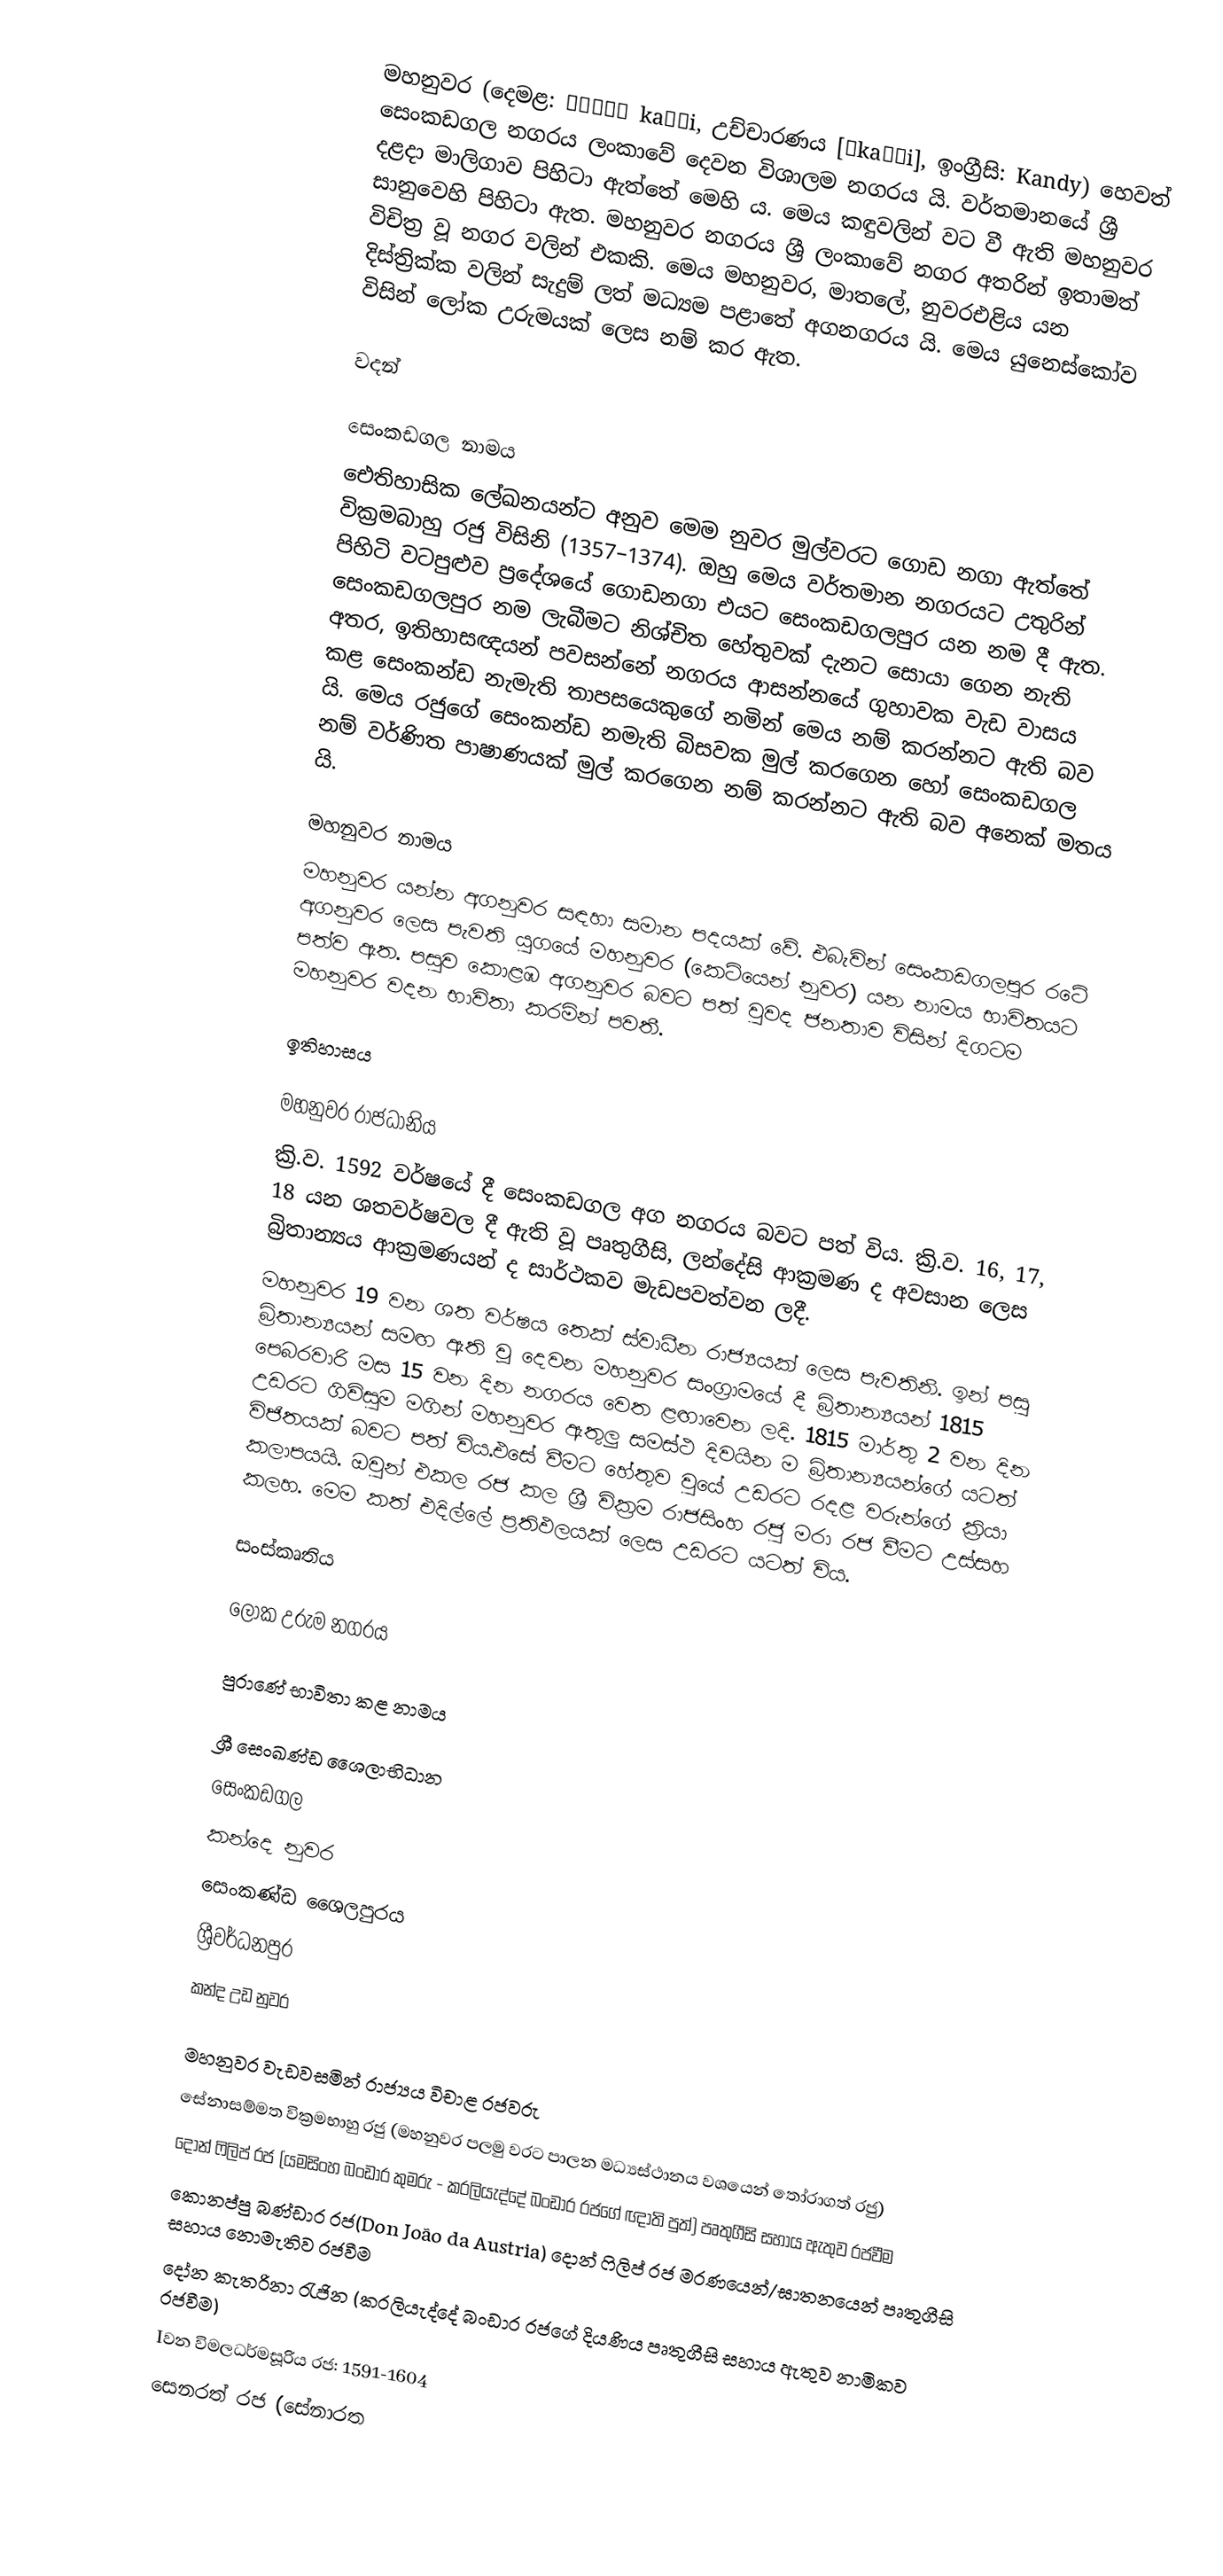
මහනුවර (දෙමළ: கண்டி kaṇṭi,  උච්චාරණය [ˈkaɳɖi], ඉංග්‍රීසි: Kandy) හෙවත් සෙංකඩගල නගරය ලංකාවේ දෙවන විශාලම නගරය යි. වර්තමානයේ ශ්‍රී දළදා මාලිගාව පිහිටා ඇත්තේ මෙහි ය.  මෙය  කඳුවලින් වට වී ඇති මහනුවර සානුවෙහි පිහිටා ඇත. මහනුවර නගරය ශ්‍රී ලංකාවේ නගර අතරින් ඉතාමත් විචිත්‍ර වූ නගර වලින් එකකි. මෙය මහනුවර, මාතලේ, නුවරඑළිය යන දිස්ත්‍රික්ක වලින් සැදුම් ලත් මධ්‍යම පළාතේ අගනගරය යි. මෙය යුනෙස්කෝව විසින් ලෝක උරුමයක් ලෙස නම් කර ඇත.

වදන්

සෙංකඩගල නාමය
ඓතිහාසික ලේඛනයන්ට අනුව මෙම නුවර මුල්වරට ගොඩ නගා ඇත්තේ වික්‍රමබාහු රජු විසිනි (1357–1374). ඔහු මෙය වර්තමාන නගරයට උතුරින් පිහිටි වටපුළුව ප්‍රදේශයේ ගොඩනගා එයට සෙංකඩගලපුර යන නම දී ඇත. සෙංකඩගලපුර  නම ලැබීමට නිශ්චිත හේතුවක් දැනට සොයා ගෙන නැති අතර, ඉතිහාසඥයන් පවසන්නේ නගරය ආසන්නයේ ගුහාවක වැඩ වාසය කළ සෙංකන්ඩ නැමැති තාපසයෙකුගේ නමින් මෙය නම් කරන්නට ඇති බව යි. මෙය රජුගේ සෙංකන්ඩ නමැති බිසවක මුල් කරගෙන හෝ සෙංකඩගල නම් වර්ණිත පාෂාණයක් මුල් කරගෙන නම් කරන්නට ඇති බව අනෙක් මතය යි.

මහනුවර නාමය
මහනුවර යන්න අගනුවර සඳහා සමාන පදයක් වේ. එබැවින් සෙංකඩගලපුර රටේ අගනුවර ලෙස පැවති යුගයේ මහනුවර (කෙටියෙන් නුවර) යන නාමය භාවිතයට පත්ව ඇත. පසුව කොළඹ අගනුවර බවට පත් වුවද ජනතාව විසින් දිගටම මහනුවර වදන භාවිතා කරමින් පවතී.

ඉතිහාසය

මහනුවර රාජධානිය
ක්‍රි.ව. 1592 වර්ෂයේ දී සෙංකඩගල අග නගරය බවට පත් විය. ක්‍රි.ව. 16, 17, 18 යන ශතවර්ෂවල දී ඇති වූ පෘතුගීසි, ලන්දේසි ආක්‍රමණ ද අවසාන ලෙස බ්‍රිතාන්‍යය ආක්‍රමණයන් ද සාර්ථකව මැඩපවත්වන ලදී.
මහනුවර 19 වන ශත වර්ෂය තෙක් ස්වාධීන රාජ්‍යයක් ලෙස පැවතිනි. ඉන් පසු බ්‍රිතාන්‍යයන් සමඟ ඇති වූ දෙවන මහනුවර සංග්‍රාමයේ දී බ්‍රිතාන්‍යයන් 1815 පෙබරවාරි මස 15 වන දින නගරය වෙත ළඟාවෙන ලදි. 1815 මාර්තු 2 වන දින උඩරට ගිවිසුම මගින් මහනුවර ඇතුලු සමස්ථ දිවයින ම බ්‍රිතාන්‍යයන්ගේ යටත් විජිතයක් බවට පත් විය.එසේ වීමට හේතුව වුයේ උඩරට රදළ වරුන්ගේ ක්‍රියා කලාපයයි. ඔවුන් එකල රජ කල ශ්‍රී වික්‍රම රාජසිංහ රජු මරා රජ වීමට උස්සහ කලහ. මෙම කත් එදිල්ලේ ප්‍රතිඵලයක් ලෙස උඩරට යටත් විය.

සංස්කෘතිය

ලෝක උරුම නගරය

පුරාණේ භාවිතා කළ නාමය

 ශ්‍රී සෙංඛණ්ඩ ශෛලාභිධාන
 සෙංකඩගල
කන්දෙ නුවර
සෙංකණ්ඩ ශෛලපුරය
 ශ්‍රීවර්ධනපුර
කන්ද උඩ නුවර

මහනුවර වැඩවසමින් රාජ්‍යය විචාළ රජවරු
 සේනාසම්මත වික්‍රමභාහු රජු (මහනුවර පලමු වරට පාලන මධ්‍යස්ථානය වශයෙන් තෝරාගත් රජු)
 දොන් ෆිලිප් රජ (යමසිංහ බංඩාර කුමරු - කරලියැද්දේ බංඩාර රජගේ ඥාති පුත්) පෘතුගීසි සහාය ඇතුව රජවීම
 කොනප්පු බණ්ඩාර රජ(Don João da Austria) දොන් ෆිලිප් රජ මරණයෙන්/ඝාතනයෙන් පෘතුගීසි සහාය නොමැතිව රජවීම
 දෝන කැතරිනා රැජින (කරලියැද්දේ බංඩාර රජගේ දියණිය පෘතුගීසි සහාය ඇතුව නාමිකව රජවීම)
 Iවන විමලධර්මසූරිය රජ‍:	1591-1604
 සෙනරත් රජ (සේනාරත